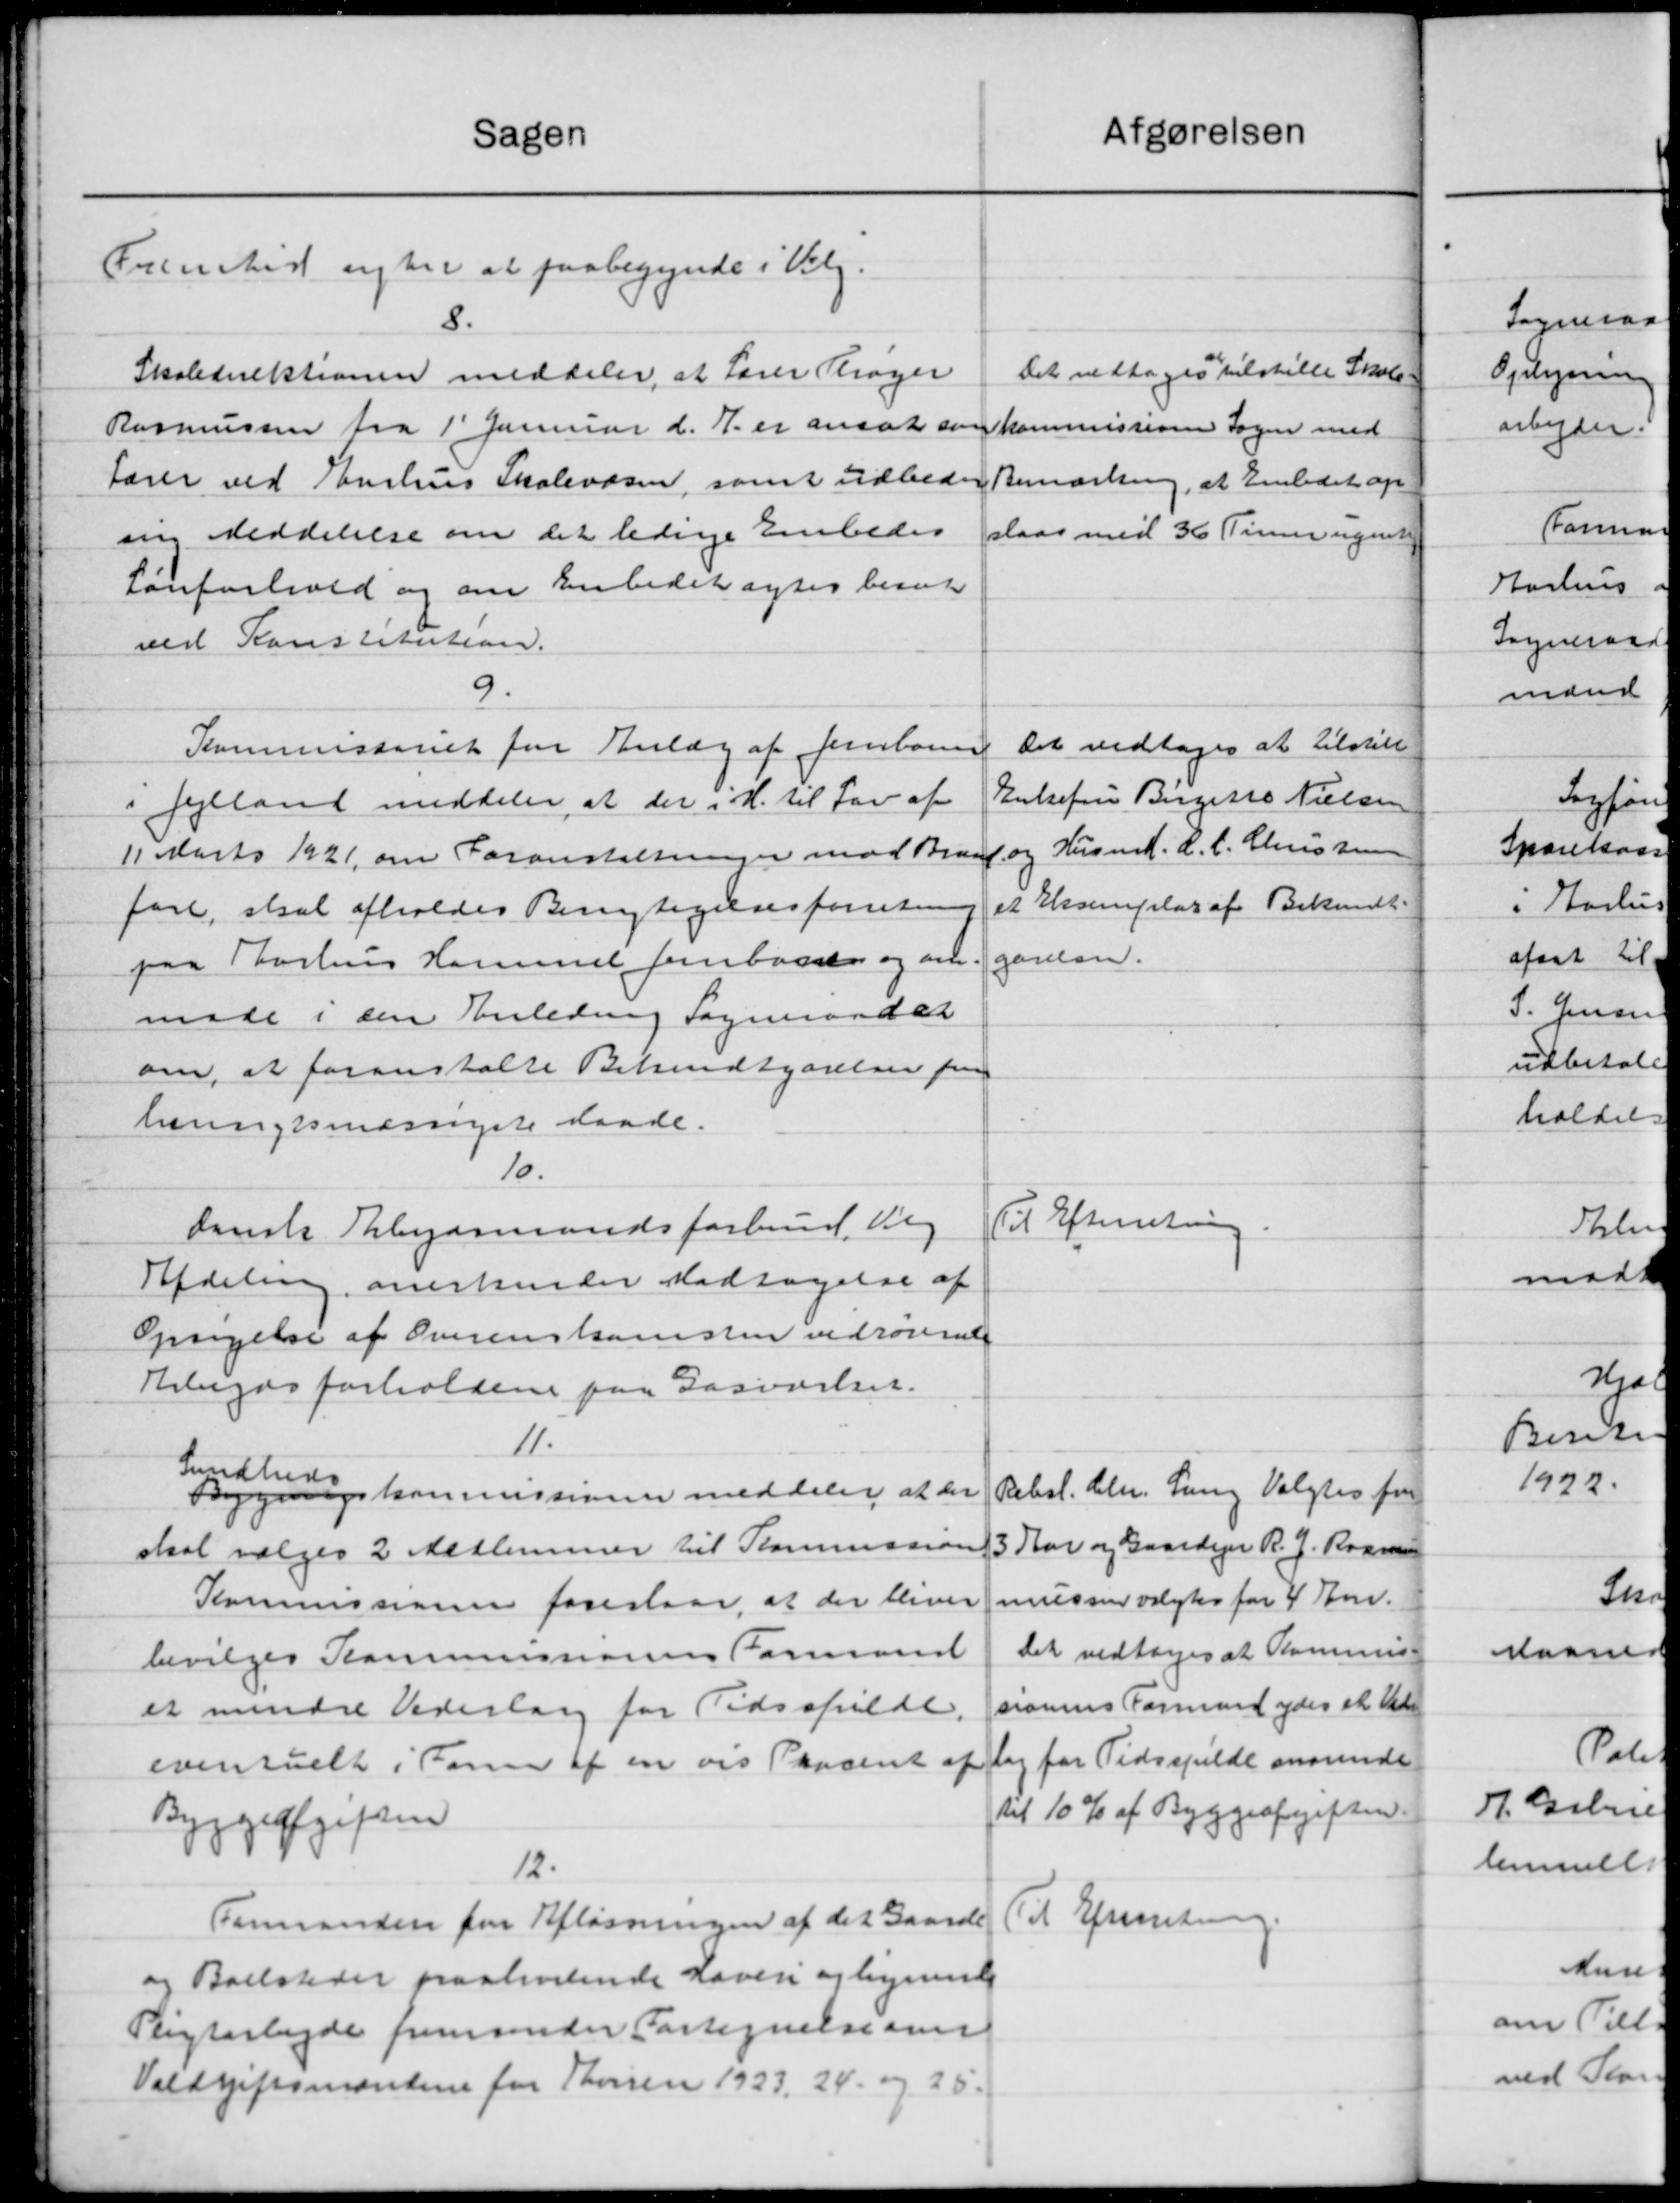
Transskription:
Sagen
Fremhed sigter at paabegynde i Valg.
8.
Skoledirektionen meddeler, at Lærer Sager
Rasmussen fra 1' Januar d. A. er ansat som
Lærer ved Aarhus Skolevæsen, samt udbede
ang. Meddelelse om det ledige Embedes
sanforhold og om Embedet agtes besæt
ved Konstitution.
9.
Kommissoriet for Enlæg af Jernbanen
i Jylland meddeler, at der i H. til Lov af
11 Marts 1921 om Foranstaltninger mod Braaby
fare, skal afholdes Benytigelsesforretn
paa Aarhus Hammel Jernbanen og an
møde i sin Anledning Sogneraadet
om, at foranstalte Bekendtgørelsen fra
heningsmæssigste Maade.
10.
danske Arbejdsmandsforbund Valg
Afdeling, anerkender Modtagelse af
Opørgelse af Overenskomsten vedrørende
Arbejdsforholdene paa Gasværker.
11.
Sundheds
Bygningskommissionen meddeler at der
skal vælges 2 Medlemmer til Kommunan
Kommissionen foreslaar, at der bliver
bevilges Kommunionens Formand
et mindre Vederlang for Tidsspilde.
eventuelt i Form af en vis Prosent af
Byggeafgiften
12.
Formanden for Afløsningen af det Gaarde
og Boelsteder paahvilende haveri og lignende
Pligtarbejde fremsender Fortegnelse om
Voldgiftsmandene for Thorsen 1923. 24 og 25.